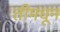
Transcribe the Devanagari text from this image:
तीमधून